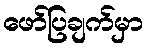
ဖော်ပြချက်မှာ